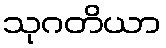
သုဂတိယာ